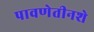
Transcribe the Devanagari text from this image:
पावणेतीनशे